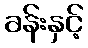
ခန်းနှင့်